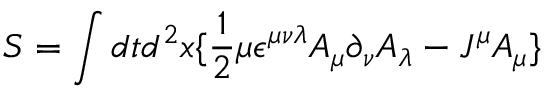
S = \int d t d ^ { 2 } x \lbrace \frac { 1 } { 2 } \mu \epsilon ^ { \mu \nu \lambda } A _ { \mu } \partial _ { \nu } A _ { \lambda } - J ^ { \mu } A _ { \mu } \rbrace